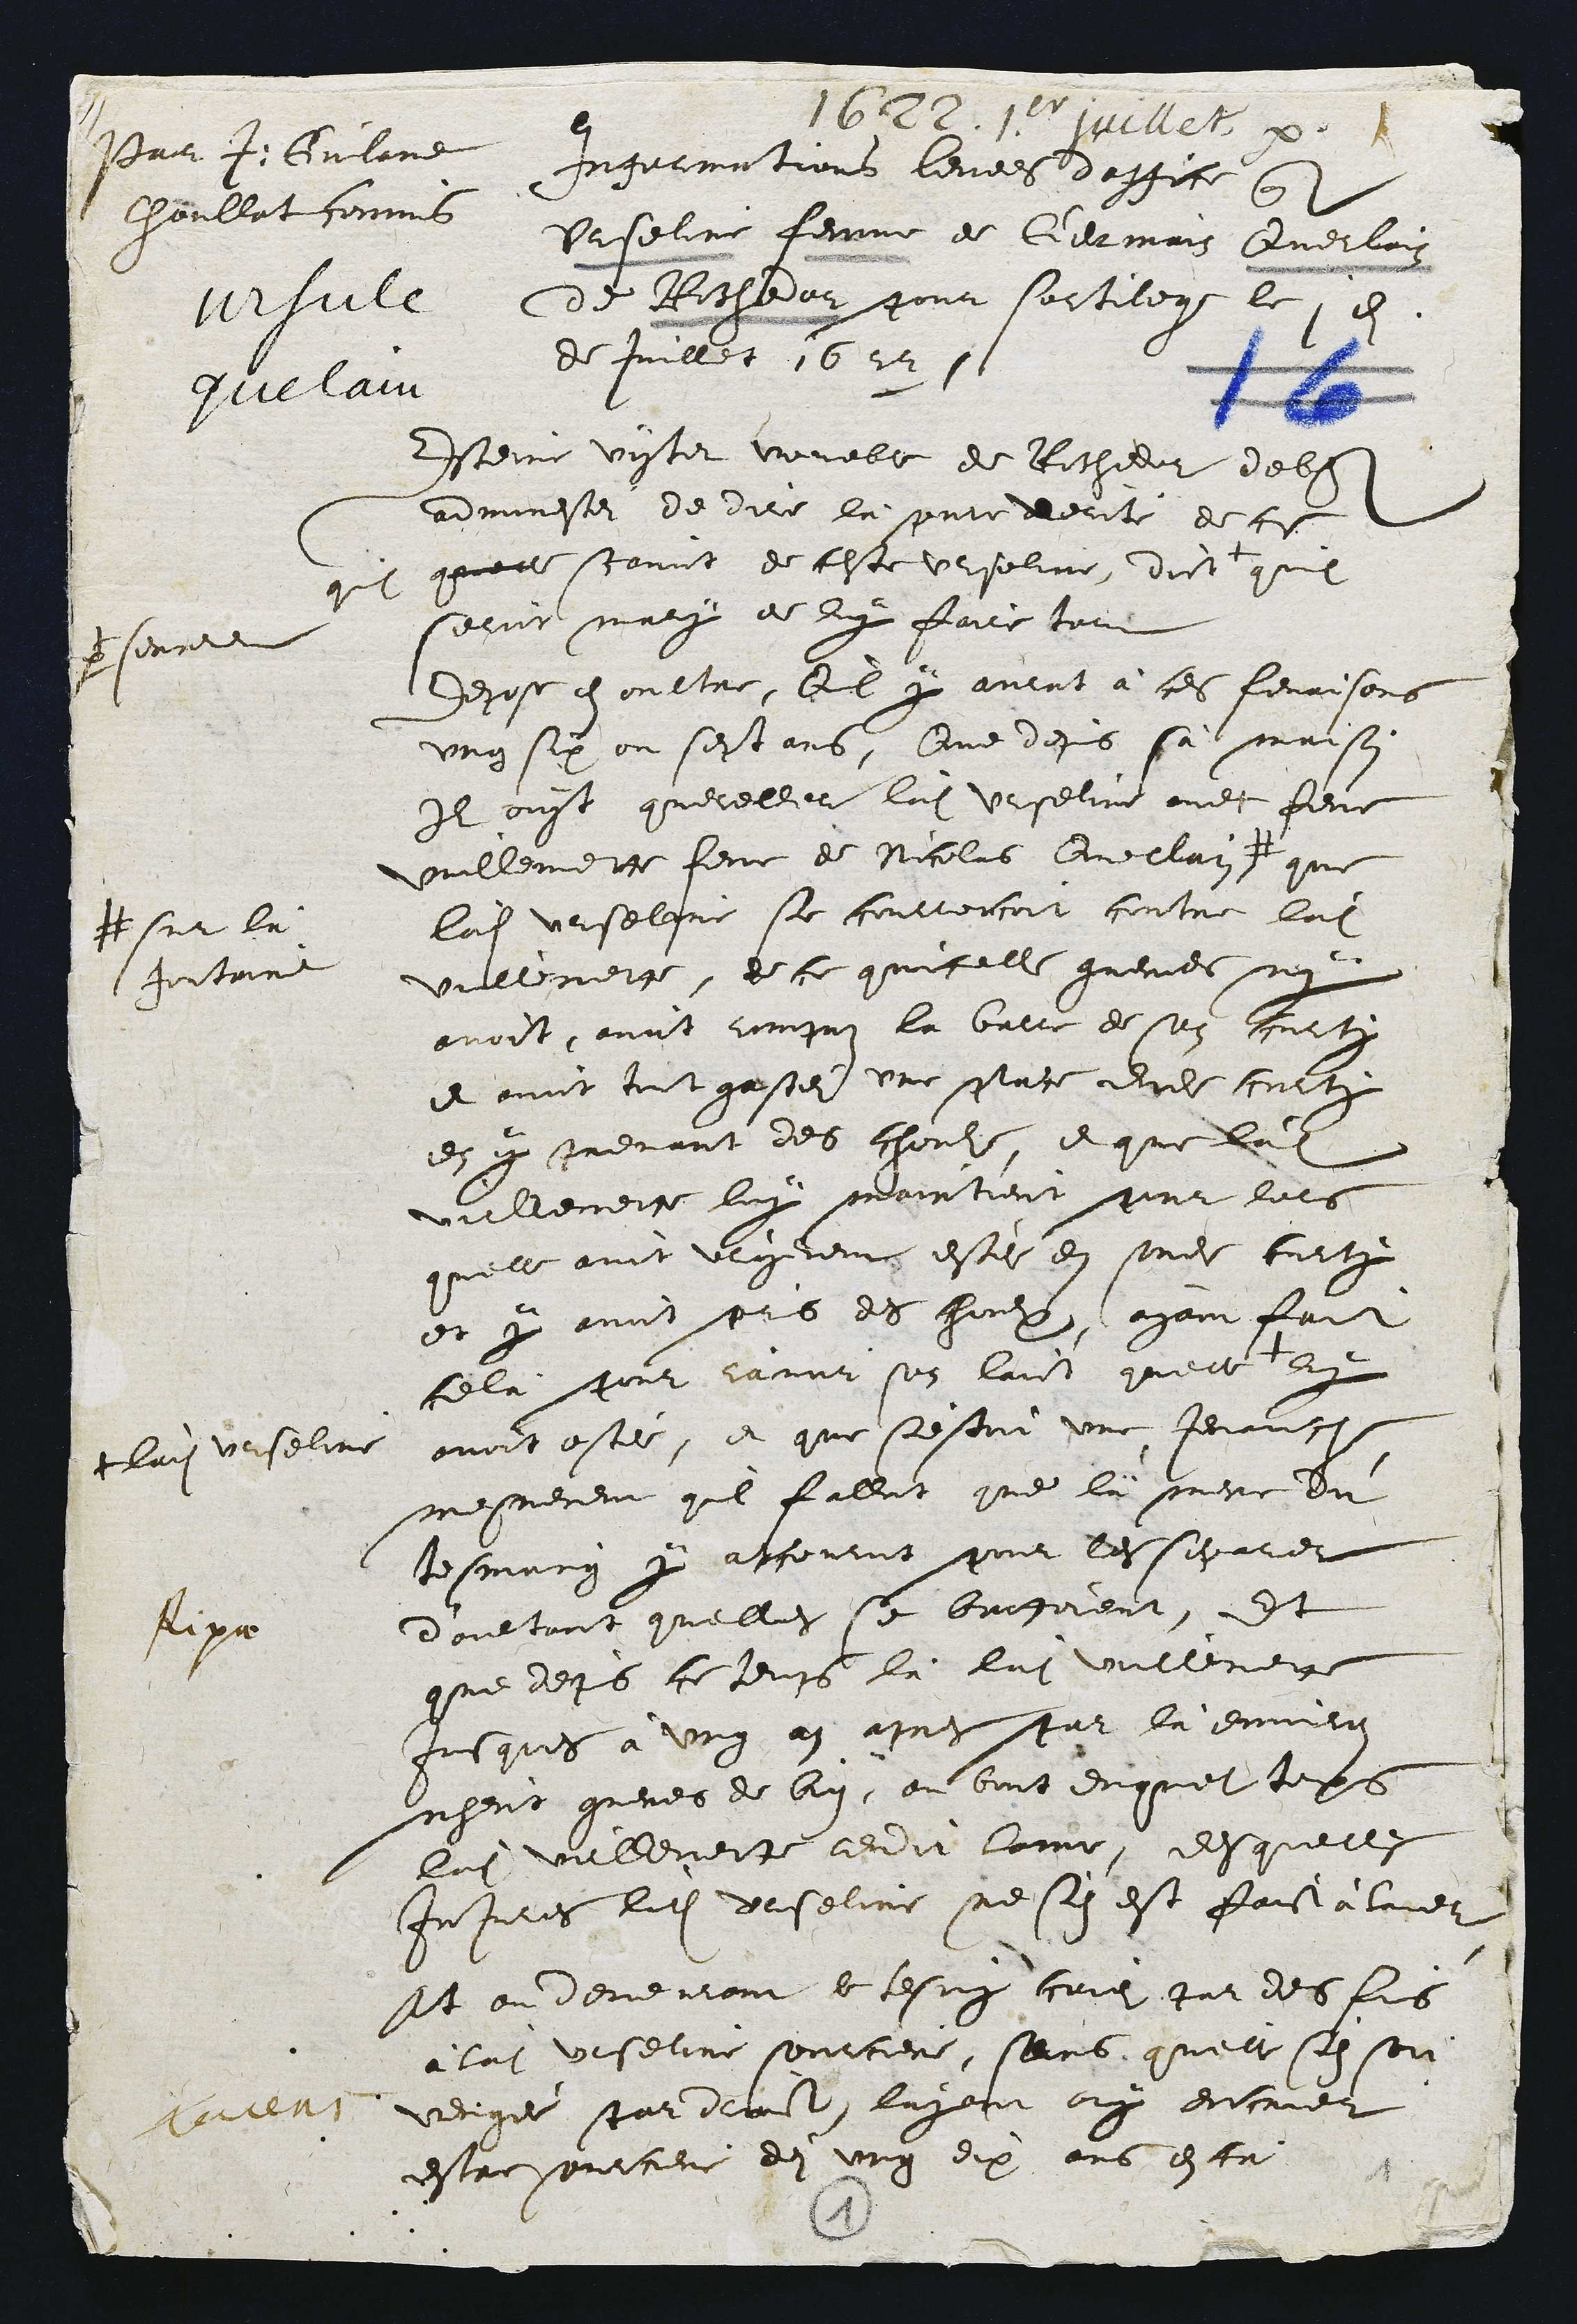
Poir +. Gulan
haullat comms
Ahaile
gle laie

622. 1111sillet par
Ingarmations levees doffice que
Urseline femme de Germain Querlain
de Rochedor pour sortilege le en
de Juullet 1622 s

Esteine vintet voualle de Ritheeur debss
adminestei de dire là perc derite de cis
quilt quarte scavoit de ceste Ursoline, dict
p seures
quil
Ceroit mary de luy faire tout
depose en oultre, Quil y aurat à ces fenrisons
ung six ou sept ans. Que depuis sa maison
Il ouyt quereller ladite Urseline avec feme
mullemetce feme de Nicolas Quellain
# sur lu
Jontrine
que
ladite Urselgne se courroucoit contre ladite
vullemeige, de ce quicelle gremes ny
avoit, avoit rompas là barre de son curts
et avoit tout gastei une pace dudit corty
en y prevant des choule, et que ladite
vellemeire luy maintient pour lors
quelle avoit uroyerente estei en sondit corty
et y avoit prs des chomess, ayant fait
celà pour ravoir son laict quelle
ladite Urselin
ey
avoit estei, et que s'estoit une Jenauce
mesmement quil fallot que là mere du
tesmoing y atcouroit pour les separer
d'aultant quelli se barfoient, Et
que depuis ce temps là ladite vullener
Jusques à ung an apres par là enmiron
ngent gueres de bin, au boit duquel tops
lui uillemeite rendit lame, desquellei
Injures ledit Erseline ne son est faist a lave
Et ou demeurant le tesmy curei par des fes
a ladite viseline sourciere, sans, quelle s'en sot
verige par droct layooit ouy encrier
estre sourciere dei ung dix ans esta

Aipa

8
1